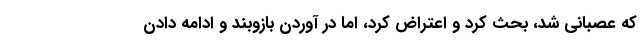
که عصبانی شد، بحث کرد و اعتراض کرد، اما در آوردن بازوبند و ادامه دادن